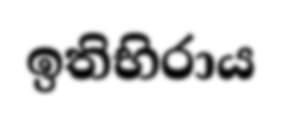
ඉතිභිරාය